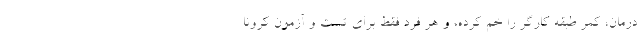
درمان، کمر طبقه کارگر را خم کرده، و هر فرد فقط برای تست و آزمون کرونا